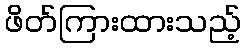
ဖိတ်ကြားထားသည့်